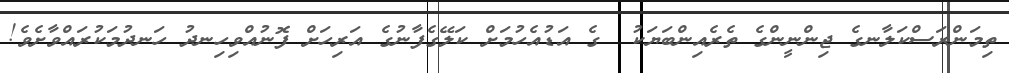
ތިމަންރަސްކަލާނގެ ޖިންނީންގެ ތެރެއިންބަޔަކު  ގެ އަޑުއެހުމަށް ކަލޭގެފާނުގެ އަރިހަށް ފޮނުއްވިހިނދު ހަނދުމަކުރައްވާށެވެ!